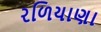
રળિયાણા